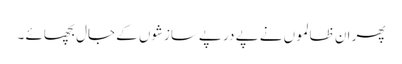
پھر ان ظالموں نے پے در پےسازشوں کے جال بچھائے ۔